Senior Leaving Certificate Examination (including Day School Certificate (Higher) General paper), 1947
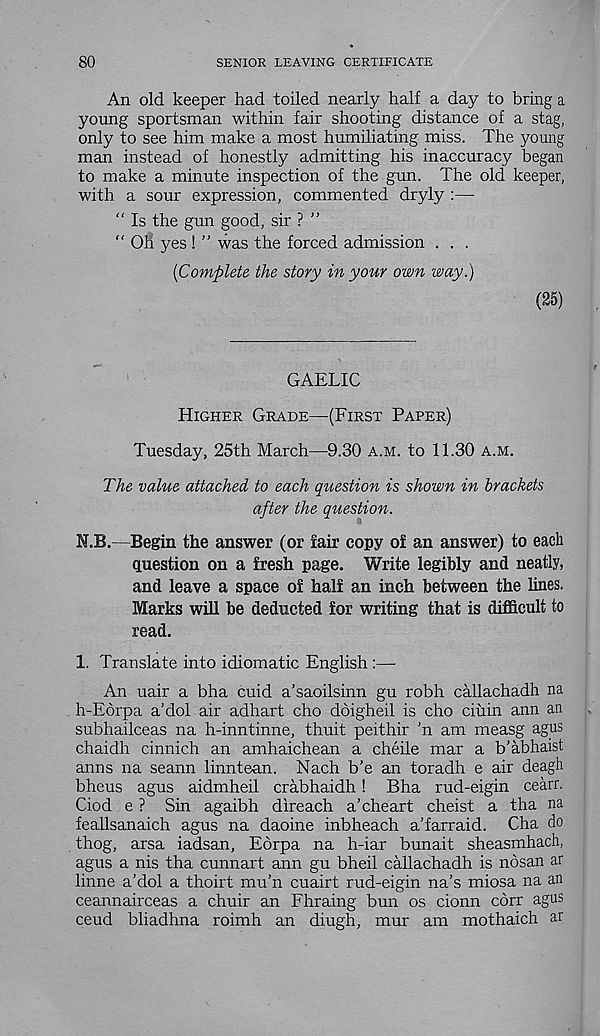
80
SENIOR LEAVING CERTIFICATE
An old keeper had toiled nearly half a day to bring a
young sportsman within fair shooting distance of a stag,
only to see him make a most humiliating miss. The young
man instead of honestly admitting his inaccuracy began
to make a minute inspection of the gun. The old keeper,
with a sour expression, commented dryly :—-
“ Is the gun good, sir ? ”
“ Oh yes ! ” was the forced admission . . .
{Complete the story in your own way.)
(25)
GAELIC
Higher Grade—(First Paper)
Tuesday, 25th March—9.30 a.m. to 11.30 a.m.
The value attached to each question is shown in brackets
after the question.
N.B.—Begin the answer (or fair copy of an answer) to each
question on a fresh page. Write legibly and neatly,
and leave a space of half an inch between the lines.
Marks will be deducted for writing that is difficult to
read.
1. Translate into idiomatic English :—
An uair a bha cuid a’saoilsinn gu robh callachadh na
h-E6rpa a’dol air adhart cho doigheil is cho ciuin ann an
subhailceas na h-inntinne, thuit peithir ’n am measg agus
chaidh cinnich an amhaichean a cheile mar a b’abhaist
anns na seann linntean. Nach b’e an toradh e air deagh
bheus agus aidmheil crabhaidh! Bha rud-eigin cearr.
Ciod e ? Sin agaibh direach a’cheart cheist a tha na
feallsanaich agus na daoine inbheach a’farraid. Cha do
thog, arsa iadsan, Eorpa na h-iar bunait sheasmhach,
agus a nis tha cunnart ann gu bheil callachadh is nosan ar
linne a’dol a thoirt mu’n cuairt rud-eigin na’s miosa na an
ceannairceas a chuir an Fhraing bun os cionn cbrr agus
ceud bliadhna roimh an diugh, mur am mothaich ar